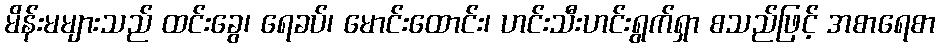
မိန်းမများသည် ထင်းခွေ၊ ရေခပ်၊ မောင်းထောင်း၊ ဟင်းသီးဟင်းရွက်ရှာ စသည်ဖြင့် အစာရေစာ